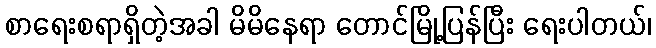
စာရေးစရာရှိတဲ့အခါ မိမိနေရာ တောင်မြို့ပြန်ပြီး ရေးပါတယ်၊